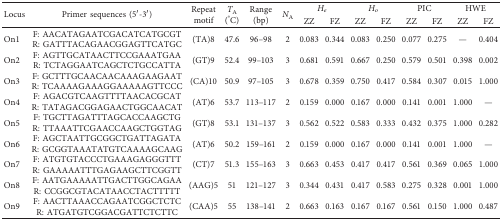
<table><thead><tr><td rowspan="2"><b>Locus</b></td><td rowspan="2"><b>Primer sequences (5′-3′)</b></td><td rowspan="2"><b>Repeat motif</b></td><td rowspan="2"><b><i>T</i><sub>A</sub> (°C)</b></td><td rowspan="2"><b>Range (bp)</b></td><td rowspan="2"><b><i>N</i><sub>A</sub></b></td><td colspan="2"><b><i>H</i><sub><i>e</i></sub></b></td><td colspan="2"><b><i>H</i><sub><i>o</i></sub></b></td><td colspan="2"><b>PIC</b></td><td colspan="2"><b>HWE</b></td></tr><tr><td><b>ZZ</b></td><td><b>FZ</b></td><td><b>ZZ</b></td><td><b>FZ</b></td><td><b>ZZ</b></td><td><b>FZ</b></td><td><b>ZZ</b></td><td><b>FZ</b></td></tr></thead><tbody><tr><td>On1</td><td>F: AACATAGAATCGACATCATGCGTR: GATTTACAGAACGGAGTTCATGC</td><td>(TA)8</td><td>47.6</td><td>96–98</td><td>2</td><td>0.083</td><td>0.344</td><td>0.083</td><td>0.250</td><td>0.077</td><td>0.275</td><td>—</td><td>0.404</td></tr><tr><td>On2</td><td>F: AGTTGCATAACTTCCGAAATGAAR: TCTAGGAATCAGCTCTGCCATTA</td><td>(GT)9</td><td>52.4</td><td>99–103</td><td>3</td><td>0.681</td><td>0.591</td><td>0.667</td><td>0.250</td><td>0.579</td><td>0.501</td><td>0.398</td><td>0.002</td></tr><tr><td>On3</td><td>F: GCTTTGCAACAACAAAGAAGAATR: TCAAAAGAAAGGAAAAAGTTCCC</td><td>(CA)10</td><td>50.9</td><td>97–105</td><td>3</td><td>0.678</td><td>0.359</td><td>0.750</td><td>0.417</td><td>0.584</td><td>0.307</td><td>0.015</td><td>1.000</td></tr><tr><td>On4</td><td>F: AGACGTCAAGTTTTAACACGCATR: TATAGACGGAGAACTGGCAACAT</td><td>(AT)6</td><td>53.7</td><td>113–117</td><td>2</td><td>0.159</td><td>0.000</td><td>0.167</td><td>0.000</td><td>0.141</td><td>0.001</td><td>1.000</td><td>—</td></tr><tr><td>On5</td><td>F: TGCTTAGATTTAGCACCAAGCTGR: TTAAATTCGAACCAAGCTGGTAG</td><td>(GT)8</td><td>53.1</td><td>131–137</td><td>3</td><td>0.562</td><td>0.522</td><td>0.583</td><td>0.333</td><td>0.432</td><td>0.375</td><td>1.000</td><td>0.282</td></tr><tr><td>On6</td><td>F: AGCTAATTGCGGCTGATTAGATAR: GCGGTAAATATGTCAAAAGCAAG</td><td>(AT)6</td><td>50.2</td><td>159–161</td><td>2</td><td>0.159</td><td>0.000</td><td>0.167</td><td>0.000</td><td>0.141</td><td>0.001</td><td>1.000</td><td>—</td></tr><tr><td>On7</td><td>F: ATGTGTACCCTGAAAGAGGGTTTR: GAAAAATTTGAGAAGCTTCGGTT</td><td>(CT)7</td><td>51.3</td><td>155–163</td><td>3</td><td>0.663</td><td>0.453</td><td>0.417</td><td>0.417</td><td>0.561</td><td>0.369</td><td>0.065</td><td>1.000</td></tr><tr><td>On8</td><td>F: AATGAAAAATTGACTTGGCAGAAR: CCGGCGTACATAACCTACTTTTT</td><td>(AAG)5</td><td>51</td><td>121–127</td><td>3</td><td>0.344</td><td>0.431</td><td>0.417</td><td>0.583</td><td>0.275</td><td>0.328</td><td>0.001</td><td>1.000</td></tr><tr><td>On9</td><td>F: AACTTAAACCAGAATCGGCTCTCR: ATGATGTCGGACGATTCTCTTC</td><td>(CAA)5</td><td>55</td><td>138–141</td><td>2</td><td>0.663</td><td>0.163</td><td>0.167</td><td>0.167</td><td>0.561</td><td>0.150</td><td>1.000</td><td>0.487</td></tr></tbody></table>